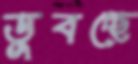
ডুবচ্ছে